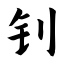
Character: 钊